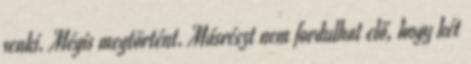
senki. Mégis megtörtént. Másrészt nem fordulhat elő, hogy két